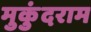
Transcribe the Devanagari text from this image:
मुकुंदराम